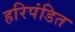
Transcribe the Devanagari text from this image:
हरिपंडित